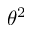
\theta ^ { 2 }